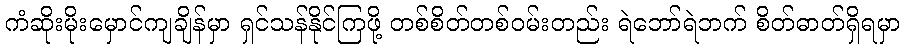
ကံဆိုးမိုးမှောင်ကျချိန်မှာ ရှင်သန်နိုင်ကြဖို့ တစ်စိတ်တစ်ဝမ်းတည်း ရဲဘော်ရဲဘက် စိတ်ဓာတ်ရှိရမှာ